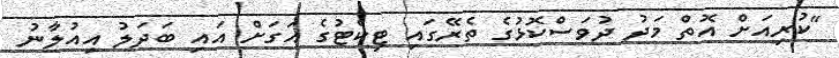
"ކުރިއަށް އޮތް މަދު ދުވަސްކޮޅުގެ ތެރޭގައި ޓިކެޓުގެ އަގަށް އައި ބަދަލު އިއުލާނު